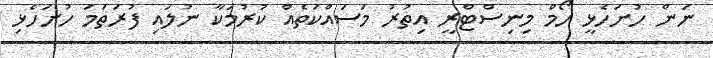
ނަން ހުށަހެޅީ ހޯމް މިނިސްޓްރީ އިތުރު މަސައްކަތެއް ކުރުމަކާ ނުލައި ފުރަތަމަ ހުށަހެޅި